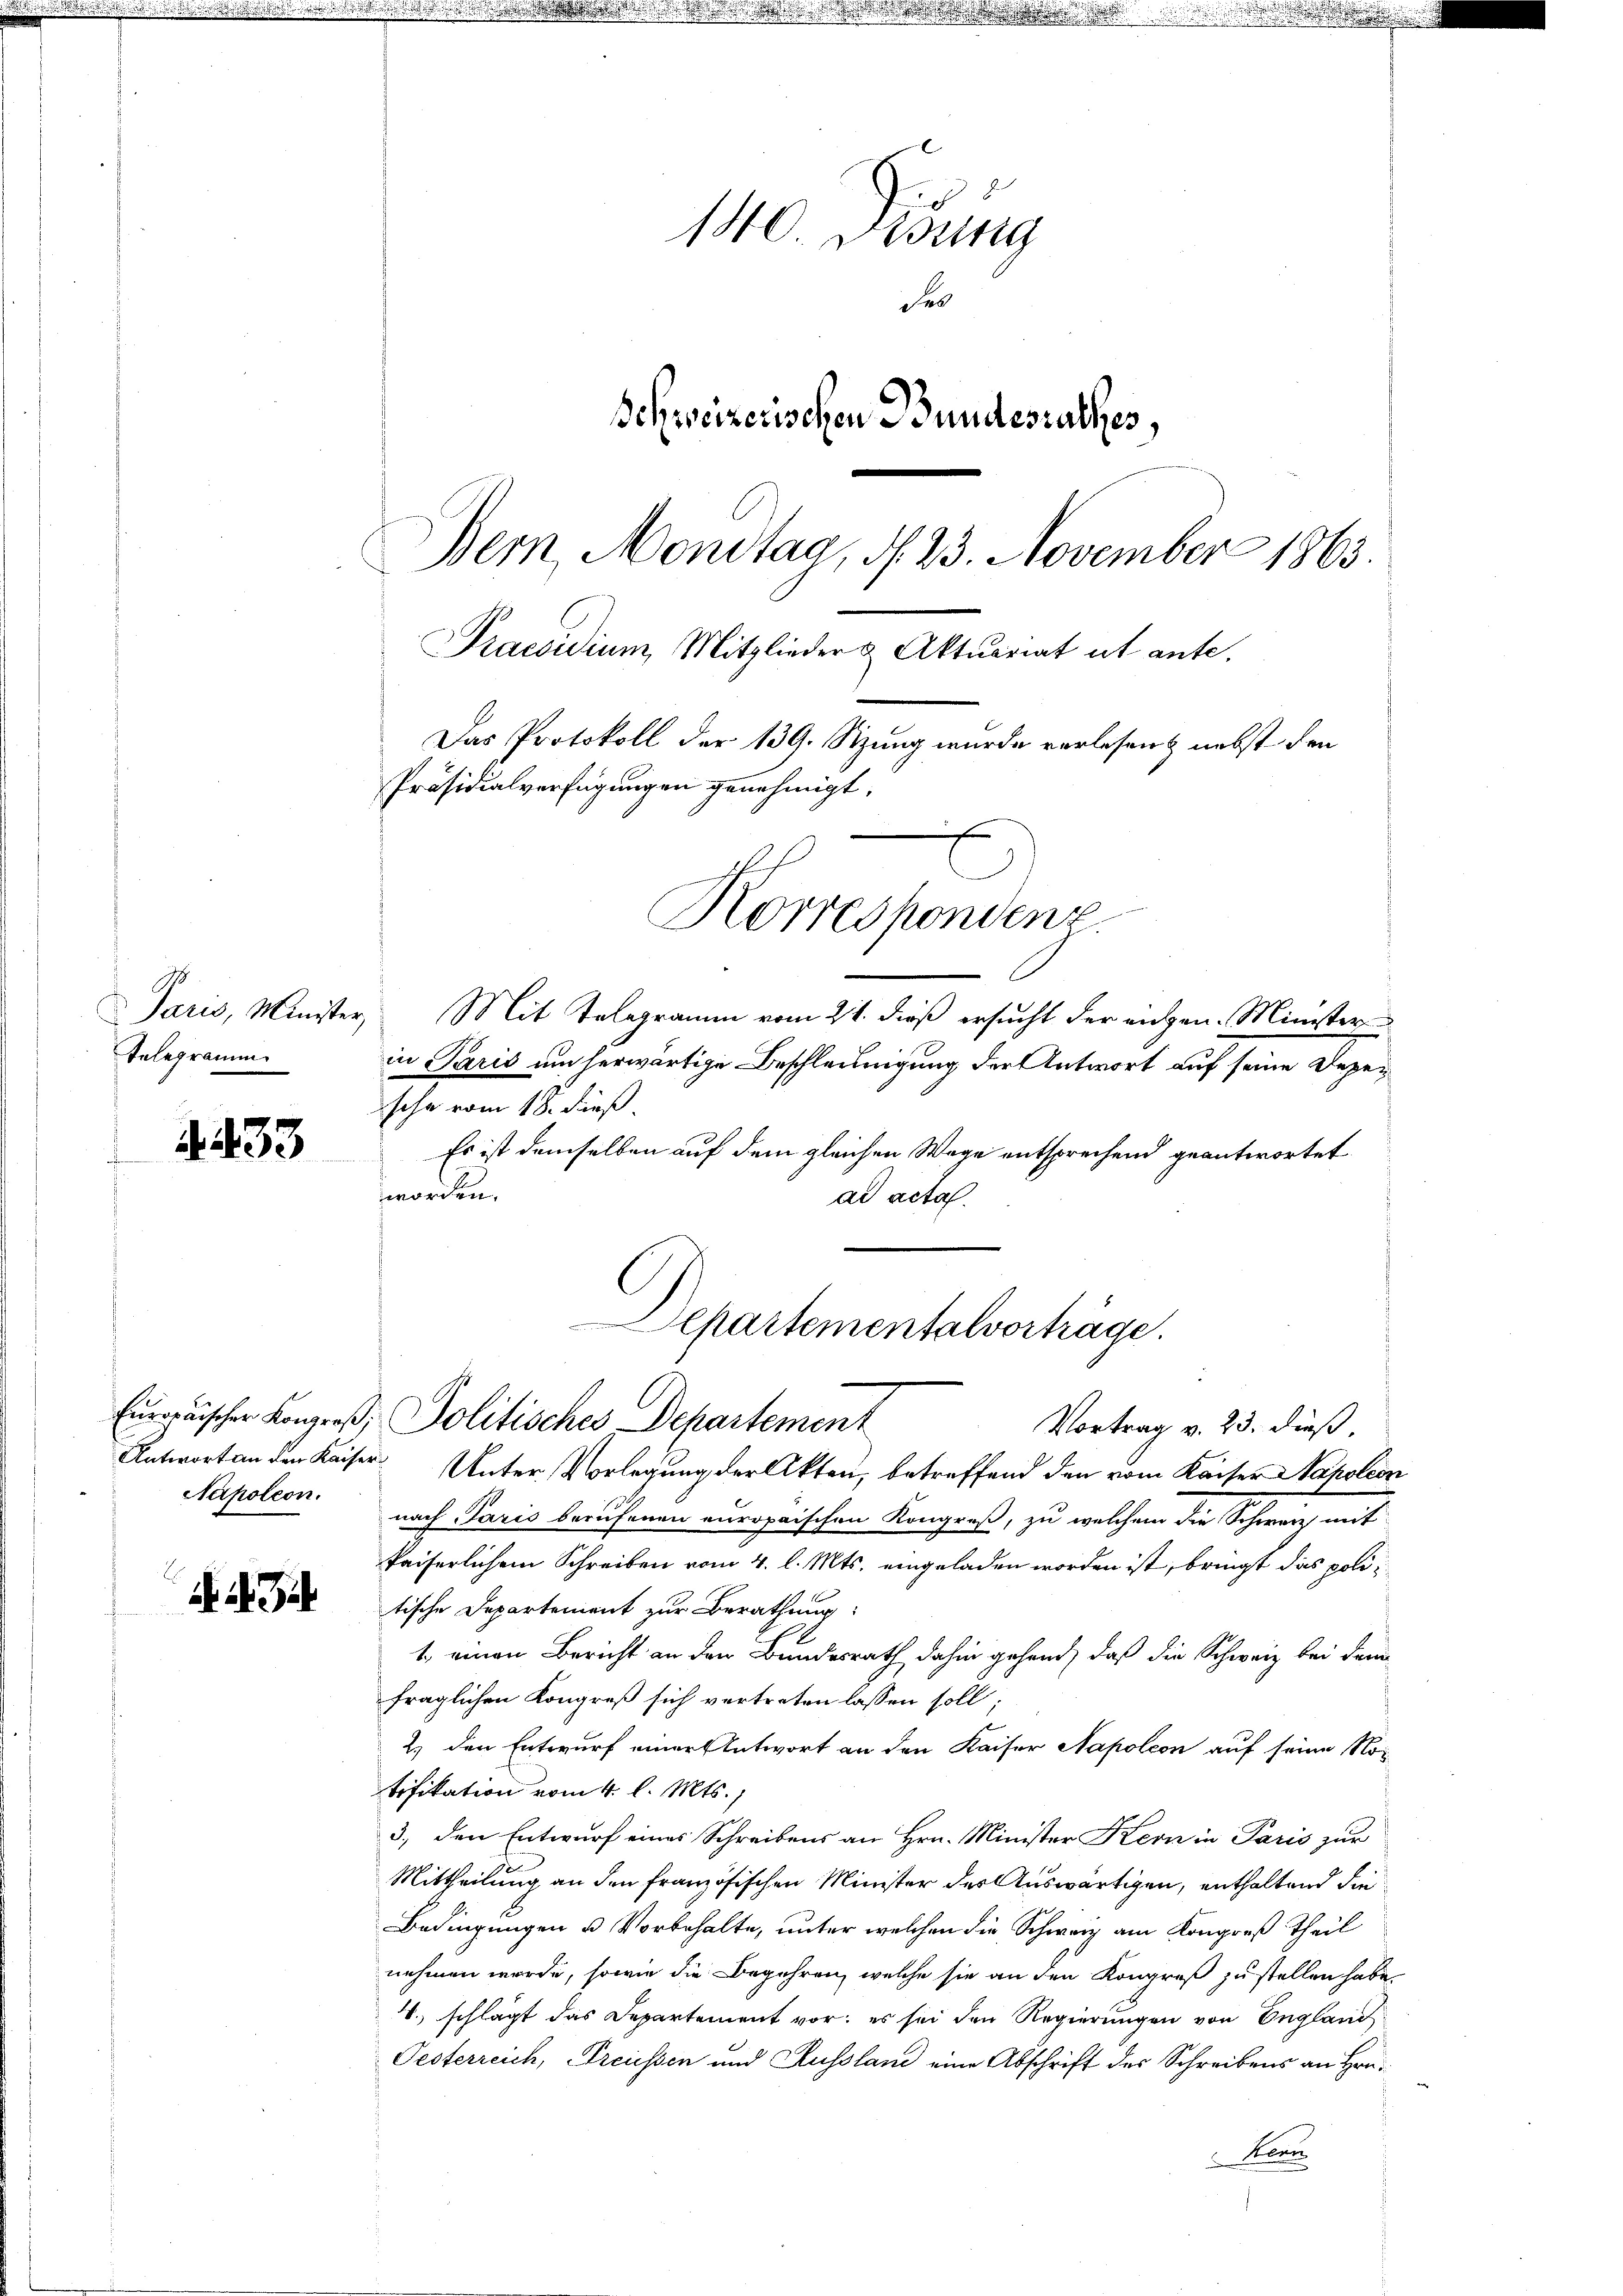
Telegramm

4433

Napoleon.

24. Jah

140. Disung
Fr
Schweizerischen Bundesrathes,
Bern, Mondtag, d. 23. November 1863.
Praesidium, Mitglieder & Aktuariat ut ante.
Das Protokoll der 139. Sitzung wurde verlesen & nebst den
Präsidialverfügungen genehmigt.
Korrespondenz.

.

Departementalverträge.
Europäischer Kongroß, Politisches Departement
Vortrag v. 23. dieß,

Paris, Minister, Mit Telegramm vom 21. dieß ersucht der eichen. Minister
in Paris um herwärtige Beschleunigung der Antwort auf seine Depesche vom 18. dieß,
Es ist demselben auf dem gleichen Wege entsprechend geantwortet
worden.
ad acta.
Antwort an den Kaiser Unter Vorlegung der Akten, betreffend den vom Kaiser Napoleon
nach Paris berufenen europaischen Kongreß, zu welchem die Schwarz mit
kaiserlichem Schreiben vom 4. l. Mts. eingeladen worden ist, bringt das politische Departement zur Berathung:
1. einen Bericht an den Bundesrath, dahin gehend, daß die Schweiz bei dem
fraglichen Kongreß sich vertreten lassen soll;
2.) den Entwurf einer Antwort an den Kaiser Napoleon auf seine Notifikation vom 4. l. Mts.,
3., den Entwurf eines Schreibens an Hrn. Minister Kern in Paris zur
Mittheilung an den französischen Minister der Auswärtigen, enthaltend die
Bedingungen u Vorbehalte, unter welchen die Schweiz am Kongreß Theil
nehmen werde, sowie die Begehren, welche sie an den Kongreß zu stellen habe.
4. schlägt das Departement vor; es sei den Regierungen von England
Oesterreich, Preissen und Aussland eine Abschrift des Schreibens an Hrn.
Kenn